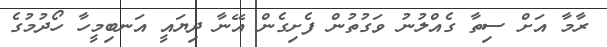
ރާމާ އަށް ސިތާ ގެއްލުނު ވަގުތުން ފެށިގެން އޭނާ ދިޔައީ އަނބިމީހާ ހޯދުމުގެ